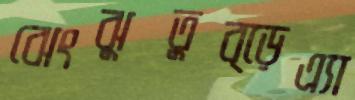
ঝেংঝুতুব্‌ড়েএ্যা